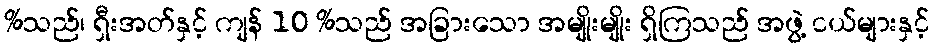
%သည်၊ ရှီးအတ်နှင့် ကျန် 10 %သည် အခြားသော အမျိုးမျိုး ရှိကြသည် အဖွဲ့ ငယ်များနှင့်